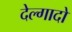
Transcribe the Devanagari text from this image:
देल्गादो